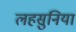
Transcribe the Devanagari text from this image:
लहसुनियां